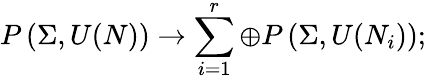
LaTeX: P\left(\Sigma,U(N)\right)\rightarrow\sum_{i=1}^{r}\oplus P\left(\Sigma,U(N_{i})\right);